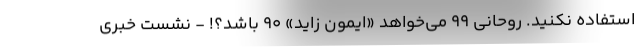
استفاده نکنید. روحانی 99 می‌خواهد «ایمون زاید» 90 باشد؟! - نشست خبری